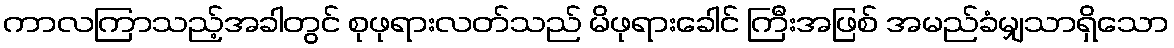
ကာလကြာသည့်အခါတွင် စုဖုရားလတ်သည် မိဖုရားခေါင် ကြီးအဖြစ် အမည်ခံမျှသာရှိသော